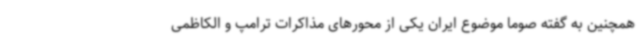
همچنین به گفته صوما موضوع ایران یکی از محورهای مذاکرات ترامپ و الکاظمی